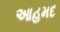
આહમદ